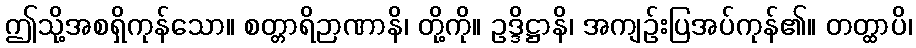
ဤသို့အစရှိကုန်သော။ စတ္တာရိဉာဏာနိ၊ တို့ကို။ ဥဒ္ဒိဋ္ဌာနိ၊ အကျဉ်းပြအပ်ကုန်၏။ တတ္ထာပိ၊